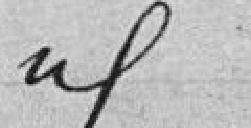
idem